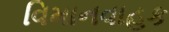
વિમાનવાહક